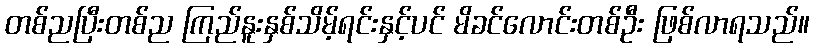
တစ်ညပြီးတစ်ည ကြည်နူးနှစ်သိမ့်ရင်းနှင့်ပင် မိခင်လောင်းတစ်ဦး ဖြစ်လာရသည်။